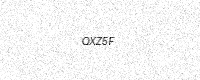
Text: QXZ5F